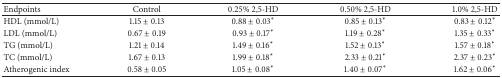
| Endpoints | Control | 0.25% 2,5-HD | 0.50% 2,5-HD | 1.0% 2,5-HD |
 | --- | --- | --- | --- | --- |
 | HDL (mmol/L) | 1.15 ± 0.13 | 0.88 ± 0.03∗ | 0.85 ± 0.13∗ | 0.83 ± 0.12∗ |
 | LDL (mmol/L) | 0.67 ± 0.19 | 0.93 ± 0.17∗ | 1.19 ± 0.28∗ | 1.35 ± 0.33∗ |
 | TG (mmol/L) | 1.21 ± 0.14 | 1.49 ± 0.16∗ | 1.52 ± 0.13∗ | 1.57 ± 0.18∗ |
 | TC (mmol/L) | 1.67 ± 0.13 | 1.99 ± 0.18∗ | 2.33 ± 0.21∗ | 2.37 ± 0.23∗ |
 | Atherogenic index | 0.58 ± 0.05 | 1.05 ± 0.08∗ | 1.40 ± 0.07∗ | 1.62 ± 0.06∗ |